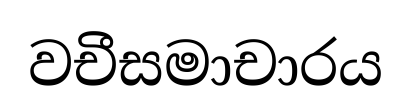
වචීසමාචාරය